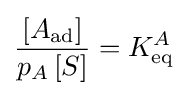
{\frac {[A_{\text{ad}}]}{p_{A}\,[S]}}=K_{\text{eq}}^{A}